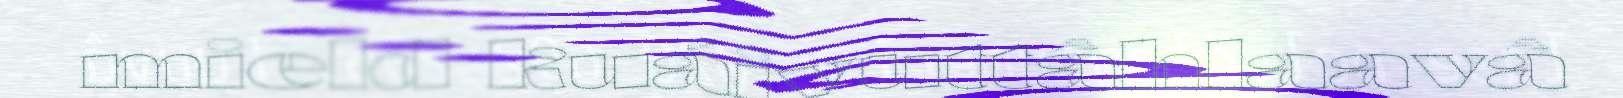
mield kuáivuttâhlaavâ